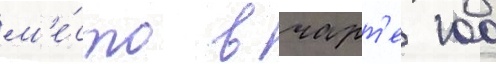
м'е́сто в чарт'е 100